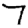
Digit: 7